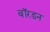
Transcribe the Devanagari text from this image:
बॉरडन